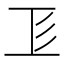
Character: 𢒄